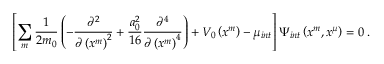
\left[ \sum _ { m } \frac { 1 } { 2 m _ { 0 } } \left( - \frac { \partial ^ { 2 } } { \partial \left( x ^ { m } \right) ^ { 2 } } + \frac { a _ { 0 } ^ { 2 } } { 1 6 } \frac { \partial ^ { 4 } } { \partial \left( x ^ { m } \right) ^ { 4 } } \right) + V _ { 0 } \left( x ^ { m } \right) - \mu _ { i n t } \right] \Psi _ { i n t } \left( x ^ { m } , x ^ { \mu } \right) = 0 \; .